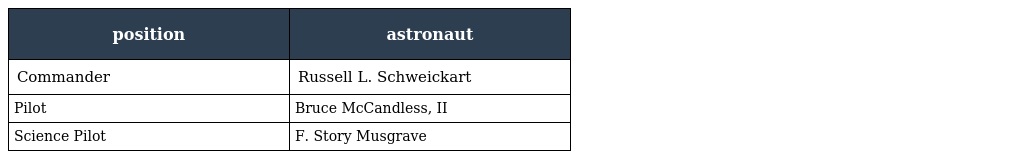
| position | astronaut |
 | --- | --- |
 | Commander | Russell L. Schweickart |
 | Pilot | Bruce McCandless, II |
 | Science Pilot | F. Story Musgrave |